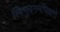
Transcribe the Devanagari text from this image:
स्त्रिभुवनमभिधत्ते